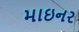
માઇનર